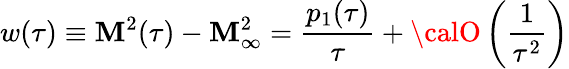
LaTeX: w(\tau)\equiv{\cal\mathbf{M}}^{2}(\tau)-{\cal\mathbf{M}}_{\infty}^{2}={\frac{{p_{1}(\tau)}}{{\tau}}}+{\calO}\left({\frac{{1}}{{\tau^{2}}}}\right)